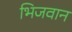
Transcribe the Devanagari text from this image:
भिजवान